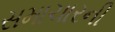
સમાચારની